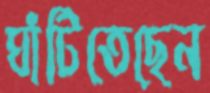
ঘাঁটিতেছেন